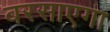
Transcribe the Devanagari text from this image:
बरसाएगा